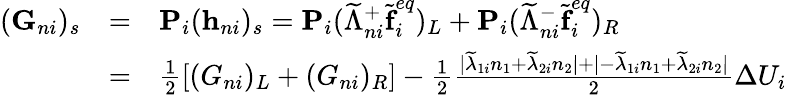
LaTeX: \begin{array}{r}{\begin{array}{lcl}{(\textbf{G}_{ni})_{s}}&{=}&{\textbf{P}_{i}(\textbf{h}_{ni})_{s}=\textbf{P}_{i}(\widetilde{\Lambda}_{ni}^{+}\widetilde{\textbf{f}}_{i}^{eq})_{L}+\textbf{P}_{i}(\widetilde{\Lambda}_{ni}^{-}\widetilde{\textbf{f}}_{i}^{eq})_{R}}\\ &{=}&{\frac{1}{2}\left[(G_{ni})_{L}+(G_{ni})_{R}\right]-\frac{1}{2}\frac{|\widetilde{\lambda}_{1i}n_{1}+\widetilde{\lambda}_{2i}n_{2}|+|-\widetilde{\lambda}_{1i}n_{1}+\widetilde{\lambda}_{2i}n_{2}|}{2}\Delta U_{i}}\end{array}}\end{array}